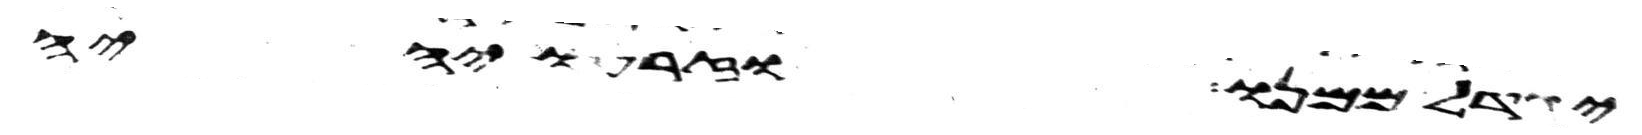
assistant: יגדל ממנו וזרעו יהיה